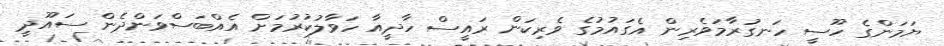
ޔަމަންގެ ހޫސީ ހަނގުރާމަވެރިން އެގައުމުގެ ވެރިކަން ރައީސް ހާދީއާ ހަވާލުކުރުމަށް އެއްބަސްވަންދެން ސައޫދީ